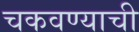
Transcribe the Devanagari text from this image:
चकवण्याची